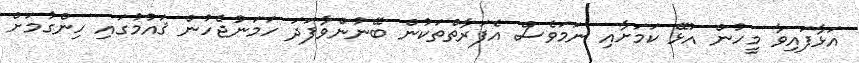
އަޅާފައިވާ މީހުން އުޅޭ ކަމަށާއި ނަމަވެސް އެފަރާތްތަކުން ބޭނުންވާފަދަ ހަމަނުޖެހުން ޤައުމުގައި ހިންގުމަށް